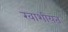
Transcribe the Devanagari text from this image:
खाशीयत